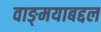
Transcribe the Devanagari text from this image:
वाङ्‌मयाबद्दल